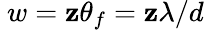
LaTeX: ~w=\mathbf{z}\theta_{f}=\mathbf{z}\lambda/d